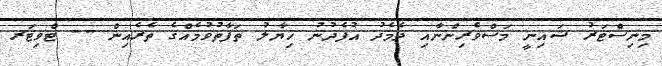
މިނިސްޓަރު ޝައިނީ މަސްވެރިންނާއި ދެމެދު އުފެދުނު ޚިޔާލު ތަފާތުވުމެއްގެ ތެރެއިން -- ޓްވިޓަރ